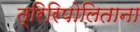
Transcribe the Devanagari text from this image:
त्रिरिपोलिताना